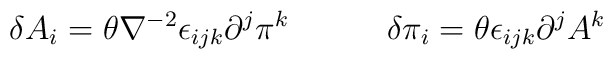
\delta A_i = \theta \nabla^{-2} \epsilon_{ijk} \partial^j \pi^k \quad \qquad \delta \pi_i = \theta \epsilon_{ijk} \partial^j A^k